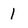
Character: 1